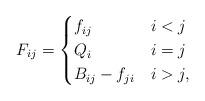
LaTeX: \begin{align*} F_{ij} = \begin{cases} f_{ij} &i<j\\ Q_i &i=j\\ B_{ij}-f_{ji} &i>j, \end{cases} \end{align*}